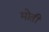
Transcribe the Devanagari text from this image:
मोतीं